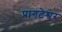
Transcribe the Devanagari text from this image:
प्रागटेश्वर